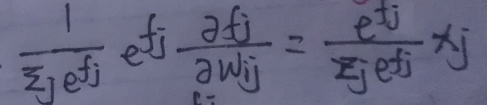
\[
\frac{1}{\sum_{j} e^{f_{j}}} e^{f_{i}} \frac{\partial f_{i}}{\partial w_{ij}}=\frac{e^{f_{i}}}{\sum_{j} e^{f_{j}}} x_{j}
\]